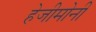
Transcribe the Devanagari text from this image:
हेजीमोनी